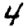
Digit: 4